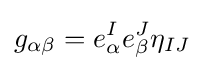
g_{\alpha \beta }=e_{\alpha }^{I}e_{\beta }^{J}\eta _{IJ}